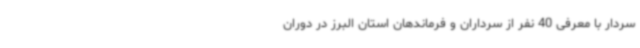
سردار با معرفی 40 نفر از سرداران و فرماندهان استان البرز در دوران